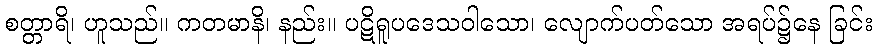
စတ္တာရိ၊ ဟူသည်။ ကတမာနိ၊ နည်း။ ပဋိရူပဒေသဝါသော၊ လျောက်ပတ်သော အရပ်၌နေ ခြင်း